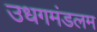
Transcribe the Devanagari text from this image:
उधगमंडलम